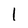
Character: l